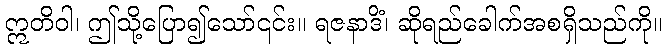
ဣတိဝါ၊ ဤသို့ပြော၍သော်၎င်း။ ရဇနာဒိံ၊ ဆိုရည်ခေါက်အစရှိသည်ကို။